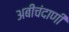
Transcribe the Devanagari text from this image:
अबीचंदाणी